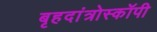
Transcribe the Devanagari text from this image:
बृहदांत्रोस्कॉपी